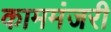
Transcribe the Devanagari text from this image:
काममंजरी